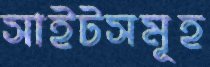
সাইটসমূহ